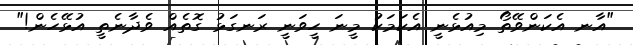
"އާނ އެކަންވޭތޯ މިއުޅެނީ އެކަމަކު މީނަ ހީވަނީ ރަނގަޅު ގޮތެއް ވެދާނެތީ އުޅޭހެން!"